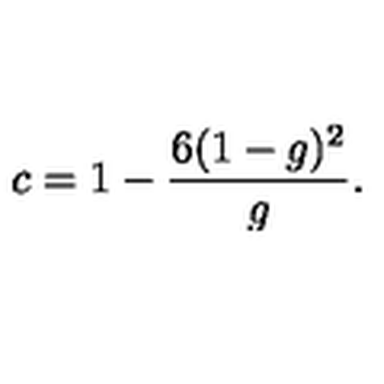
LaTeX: c = 1 - \frac { 6 ( 1 - g ) ^ { 2 } } { g } .